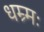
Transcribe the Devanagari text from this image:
धम्र्मः